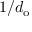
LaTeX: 1 / d _ { \mathrm { o } }